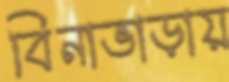
বিনাভাড়ায়